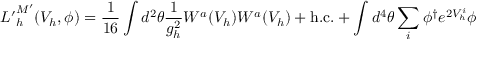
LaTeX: { \cal L ^ { \prime } } _ { h } ^ { M ^ { \prime } } ( V _ { h } , \phi ) = \frac { 1 } { 1 6 } \int d ^ { 2 } \theta \frac { 1 } { g _ { h } ^ { 2 } } W ^ { a } ( V _ { h } ) W ^ { a } ( V _ { h } ) + \mathrm { h . c . } + \int d ^ { 4 } \theta \sum _ { i } \phi ^ { \dagger } e ^ { 2 V _ { h } ^ { i } } \phi